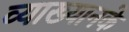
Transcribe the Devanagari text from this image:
व्याख्यानके